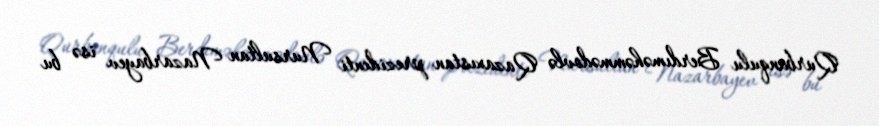
Qurbanqulu Berdıməhəmmədovlə Qazaxıstan prezidenti Nursultan Nazarbayev isə bu